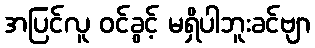
အပြင်လူ ဝင်ခွင့် မရှိပါဘူးခင်ဗျာ